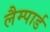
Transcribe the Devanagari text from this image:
लैम्पार्ड